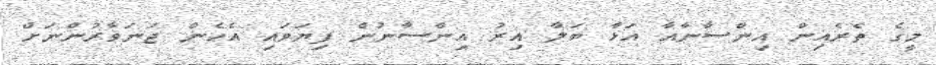
މީގެ ތެރެއިން އިންސާނާއާ އަޅާ ބަލާ އިރު އިންސާނުން ފިޔަވައި އެހެން ޖަނަވާރުންނަށް